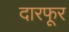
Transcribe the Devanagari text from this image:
दारफूर